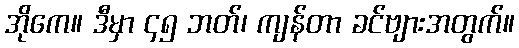
အိုကေ။ ဒီမှာ ၄၅ ဘတ်၊ ကျန်တာ ခင်ဗျားအတွက်။